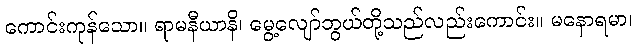
ကောင်းကုန်သော။ ရာမနီယာနိ၊ မွေ့လျော်ဘွယ်တို့သည်လည်းကောင်း။ မနောရမာ၊